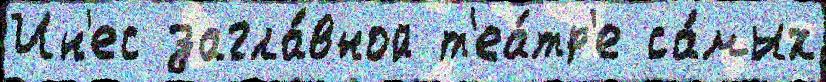
Ин'ес загла́вной т'еа́тр'е са́мых